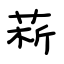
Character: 菥